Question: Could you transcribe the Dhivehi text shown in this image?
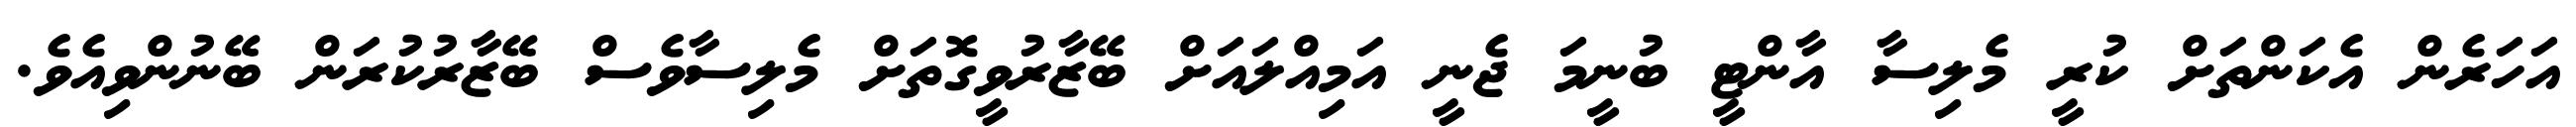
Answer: އަހަރެން އެކަންތަށް ކުރީ މެލިސާ އާންޓީ ބުނީމަ ޖެނީ އަމިއްލައަށް ބޭޒާރުވީގޮތަށް މެލިސާވެސް ބޭޒާރުކުރަން ބޭނުންވިއެވެ.